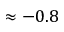
\approx - 0 . 8